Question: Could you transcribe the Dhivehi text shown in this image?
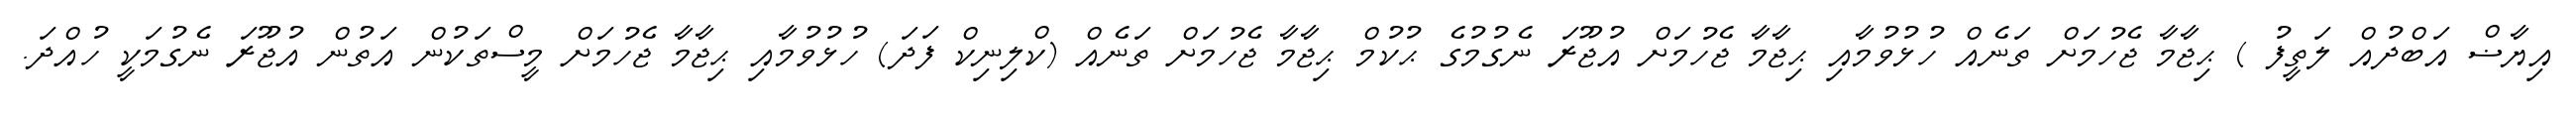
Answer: އިޔާޟް އަބްދުއް ލަތީފު ) ޙިޖާމާ ޖެހުމަށް ތަނެއް ހުޅުވުމާއި ޙިޖާމާ ޖެހުމަށް އުޖޫރަ ނެގުމުގެ ޙުކުމް ޙިޖާމާ ޖެހުމަށް ތަނެއް (ކްލިނިކް ފަދަ) ހުޅުވުމާއި ޙިޖާމާ ޖެހުމަށް މީސްތަކުން އަތުން އުޖޫރަ ނެގުމަކީ ހުއްދަ.